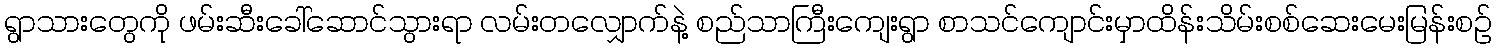
ရွာသားတွေကို ဖမ်းဆီးခေါ်ဆောင်သွားရာ လမ်းတလျှောက်နဲ့ စည်သာကြီးကျေးရွာ စာသင်ကျောင်းမှာထိန်းသိမ်းစစ်ဆေးမေးမြန်းစဉ်